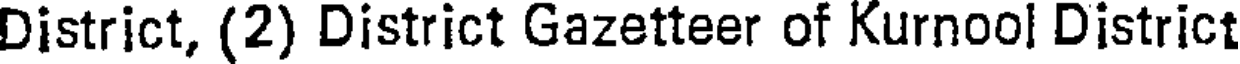
District, (2) District Gazetteer of Kurnool District